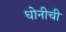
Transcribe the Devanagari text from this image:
धोनीची